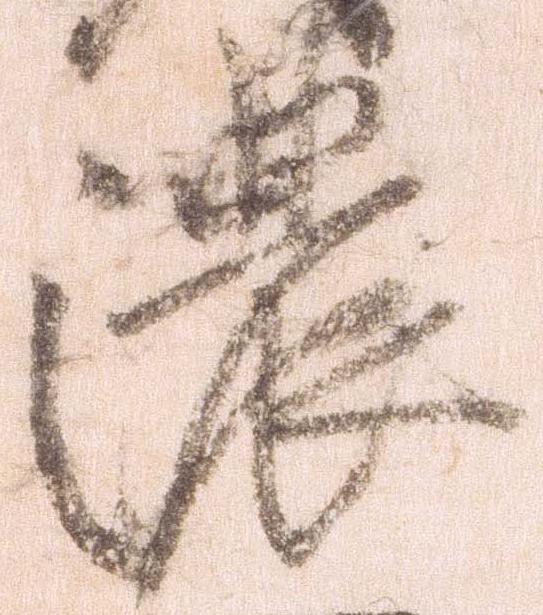
濃